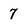
Character: 7